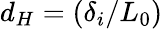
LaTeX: d_{H}=(\delta_{i}/L_{0})